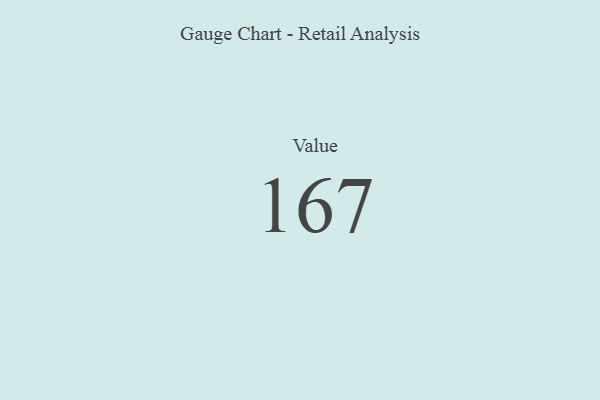
{"axis": {"x": "Metric", "y": "Value"}, "legend": [""], "data": [{"x": "Value", "y": 167, "type": ""}]}